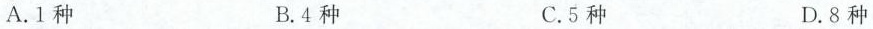
A.1种 B.4种 C.5种 D.8种